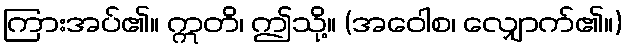
ကြားအပ်၏။ ဣတိ၊ ဤသို့။ (အဝေါစ၊ လျှောက်၏။)